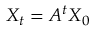
X _ { t } = A ^ { t } X _ { 0 }